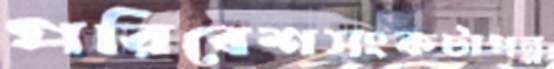
পরিবেশসংকটাপন্ন